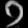
Digit: ၁